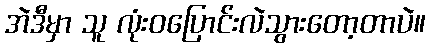
အဲဒီမှာ သူ လုံးဝပြောင်းလဲသွားတော့တာပဲ။